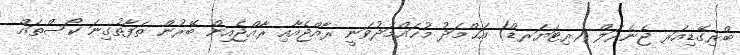
ބްރިގޭޑިއަރ ޖެނެރަލް (ރިޓަޔަރޑް) އަޙްމަދު މުޙައްމަދުވަނީ ރާއްޖެއާއި ރާއްޖެއިން ބޭރުން ތަފާތުގިނަ ކޯސްތައް